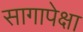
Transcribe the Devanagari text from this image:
सागापेक्षा